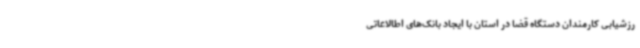
رزشیابی کارمندان دستگاه قضا در استان با ایجاد بانک‌های اطالاعاتی